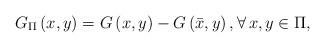
LaTeX: \begin{align*}G_{\Pi}\left( x,y \right) =G\left( x,y \right) -G\left( \bar{x},y \right), \forall \,x,y\in \Pi ,\end{align*}